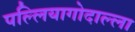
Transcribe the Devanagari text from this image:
पल्लियागोदाल्ला